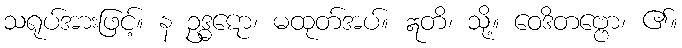
သရုပ်အားဖြင့်။ န ဥဒ္ဓဋော၊ မထုတ်အပ်။ ဣတိ၊ သို့။ ဝေဒိတဗ္ဗော၊ ၏။